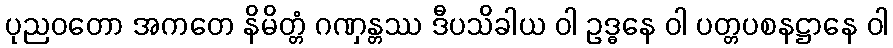
ပုညဝတော အကတေ နိမိတ္တံ ဂဏှန္တဿ ဒီပသိခါယ ဝါ ဥဒ္ဓနေ ဝါ ပတ္တပစနဋ္ဌာနေ ဝါ